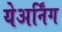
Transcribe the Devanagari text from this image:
येअर्निंग